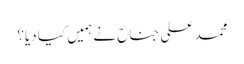
محمد علی جناح نے ہمیں کیا دیا؟